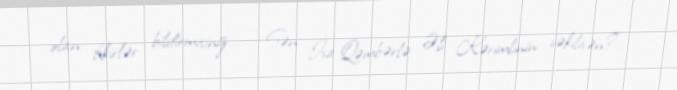
olan fikirlər bildirmisiniz... - Sən İsa Qəmbərlə Əli Kərimlinin vəkilisən?.